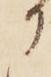
に